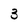
Character: 3